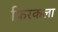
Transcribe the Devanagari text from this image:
फिरकला